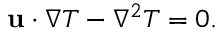
\mathbf { u } \cdot \nabla T - \nabla ^ { 2 } T = 0 .